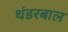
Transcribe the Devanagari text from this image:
थंडरबाल